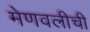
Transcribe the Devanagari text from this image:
मेणवलीची